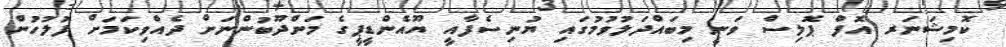
ކޮމިޝަނަރ އޮފް ޕޮލިސް ވަނީ މިބައްދަލުވުމުގައި ޔުނިސެފާއީ ޔޫއެންޑީޕީގެ މަންދޫބުންނަށް ދެއްވިކަމަށް ފުލުހުން